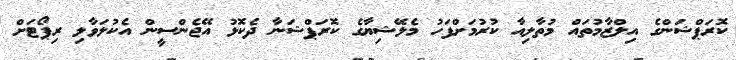
ކޮރަޕްޝަންގެ އިލްޒާމުތައް މުތާލިއާ ކުރުމަށްފަހު މެލޭޝިޔާގެ ކޮރަޕްޝަނާ ދެކޮޅު އޭޖެންސީން އެކުލަވާލި ރިޕޯޓަށް